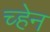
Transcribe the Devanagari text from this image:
च्हेन